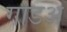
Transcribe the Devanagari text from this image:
गोडअ